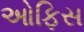
ઓફિસ